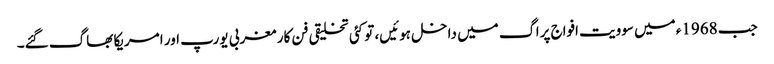
جب 1968ء میں سوویت افواج پراگ میں داخل ہوئیں، تو کئی تخلیقی فن کار مغربی یورپ اور امریکا بھاگ گئے۔